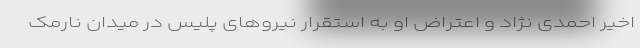
اخیر احمدی نژاد و اعتراض او به استقرار نیروهای پلیس در میدان نارمک